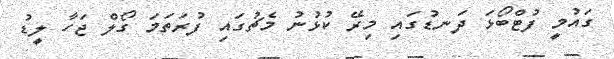
ގައުމީ ފުޓްބޯޅަ ދަނޑުގައި މިރޭ ކުޅުނު މެޗުގައި ފުރަތަމަ ގޯލް ޖަހާ ލީޑު